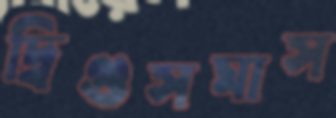
দ্বিগুসমাস